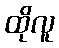
ထိုလူ